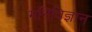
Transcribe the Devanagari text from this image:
मनिविज्ञान